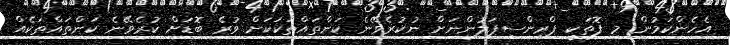
އެހެންކަމުން މި ފޮތަކީ ޕްރިންސިޕަލުންނަށް ނުކުރެވޭނެ ކަންތައްތަކަކަށް ވުރެ ބޮޑަށް ކުރެވޭނެ ކަންތައްތަކެއް